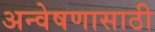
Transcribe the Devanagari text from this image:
अन्वेषणासाठी